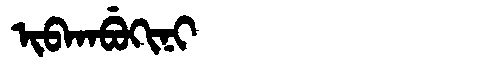
Manchu: ᡳᠪᡴᠠᠪᡠᡴᡳᠨᡳ
Romanization: IBKABUKINI